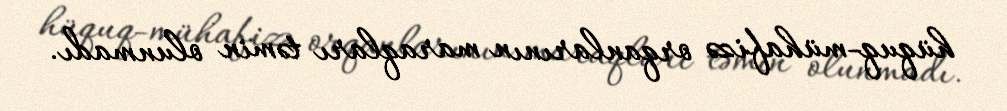
hüquq-mühafizə orqanlarının maraqları təmin olunmadı.